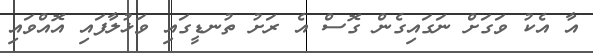
އާ އެކު ވަގަށް ނަގައިގެން ގޮސް އެ ރަށު ތުނޑީގައި ވަޅުލާފައި އޮއްވައި